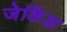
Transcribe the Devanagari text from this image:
जेकिंडा